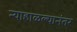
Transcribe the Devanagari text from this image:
न्याहाळल्यानंतर